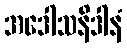
အဒေါသနိဒါနံ